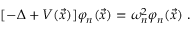
[ - \Delta + V ( \vec { x } ) ] \varphi _ { n } ( \vec { x } ) = \omega _ { n } ^ { 2 } \varphi _ { n } ( \vec { x } ) \; .